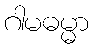
ဂါမဓမ္မာ